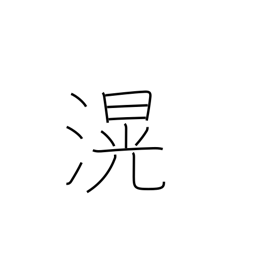
Meaning: deep and broad (water)